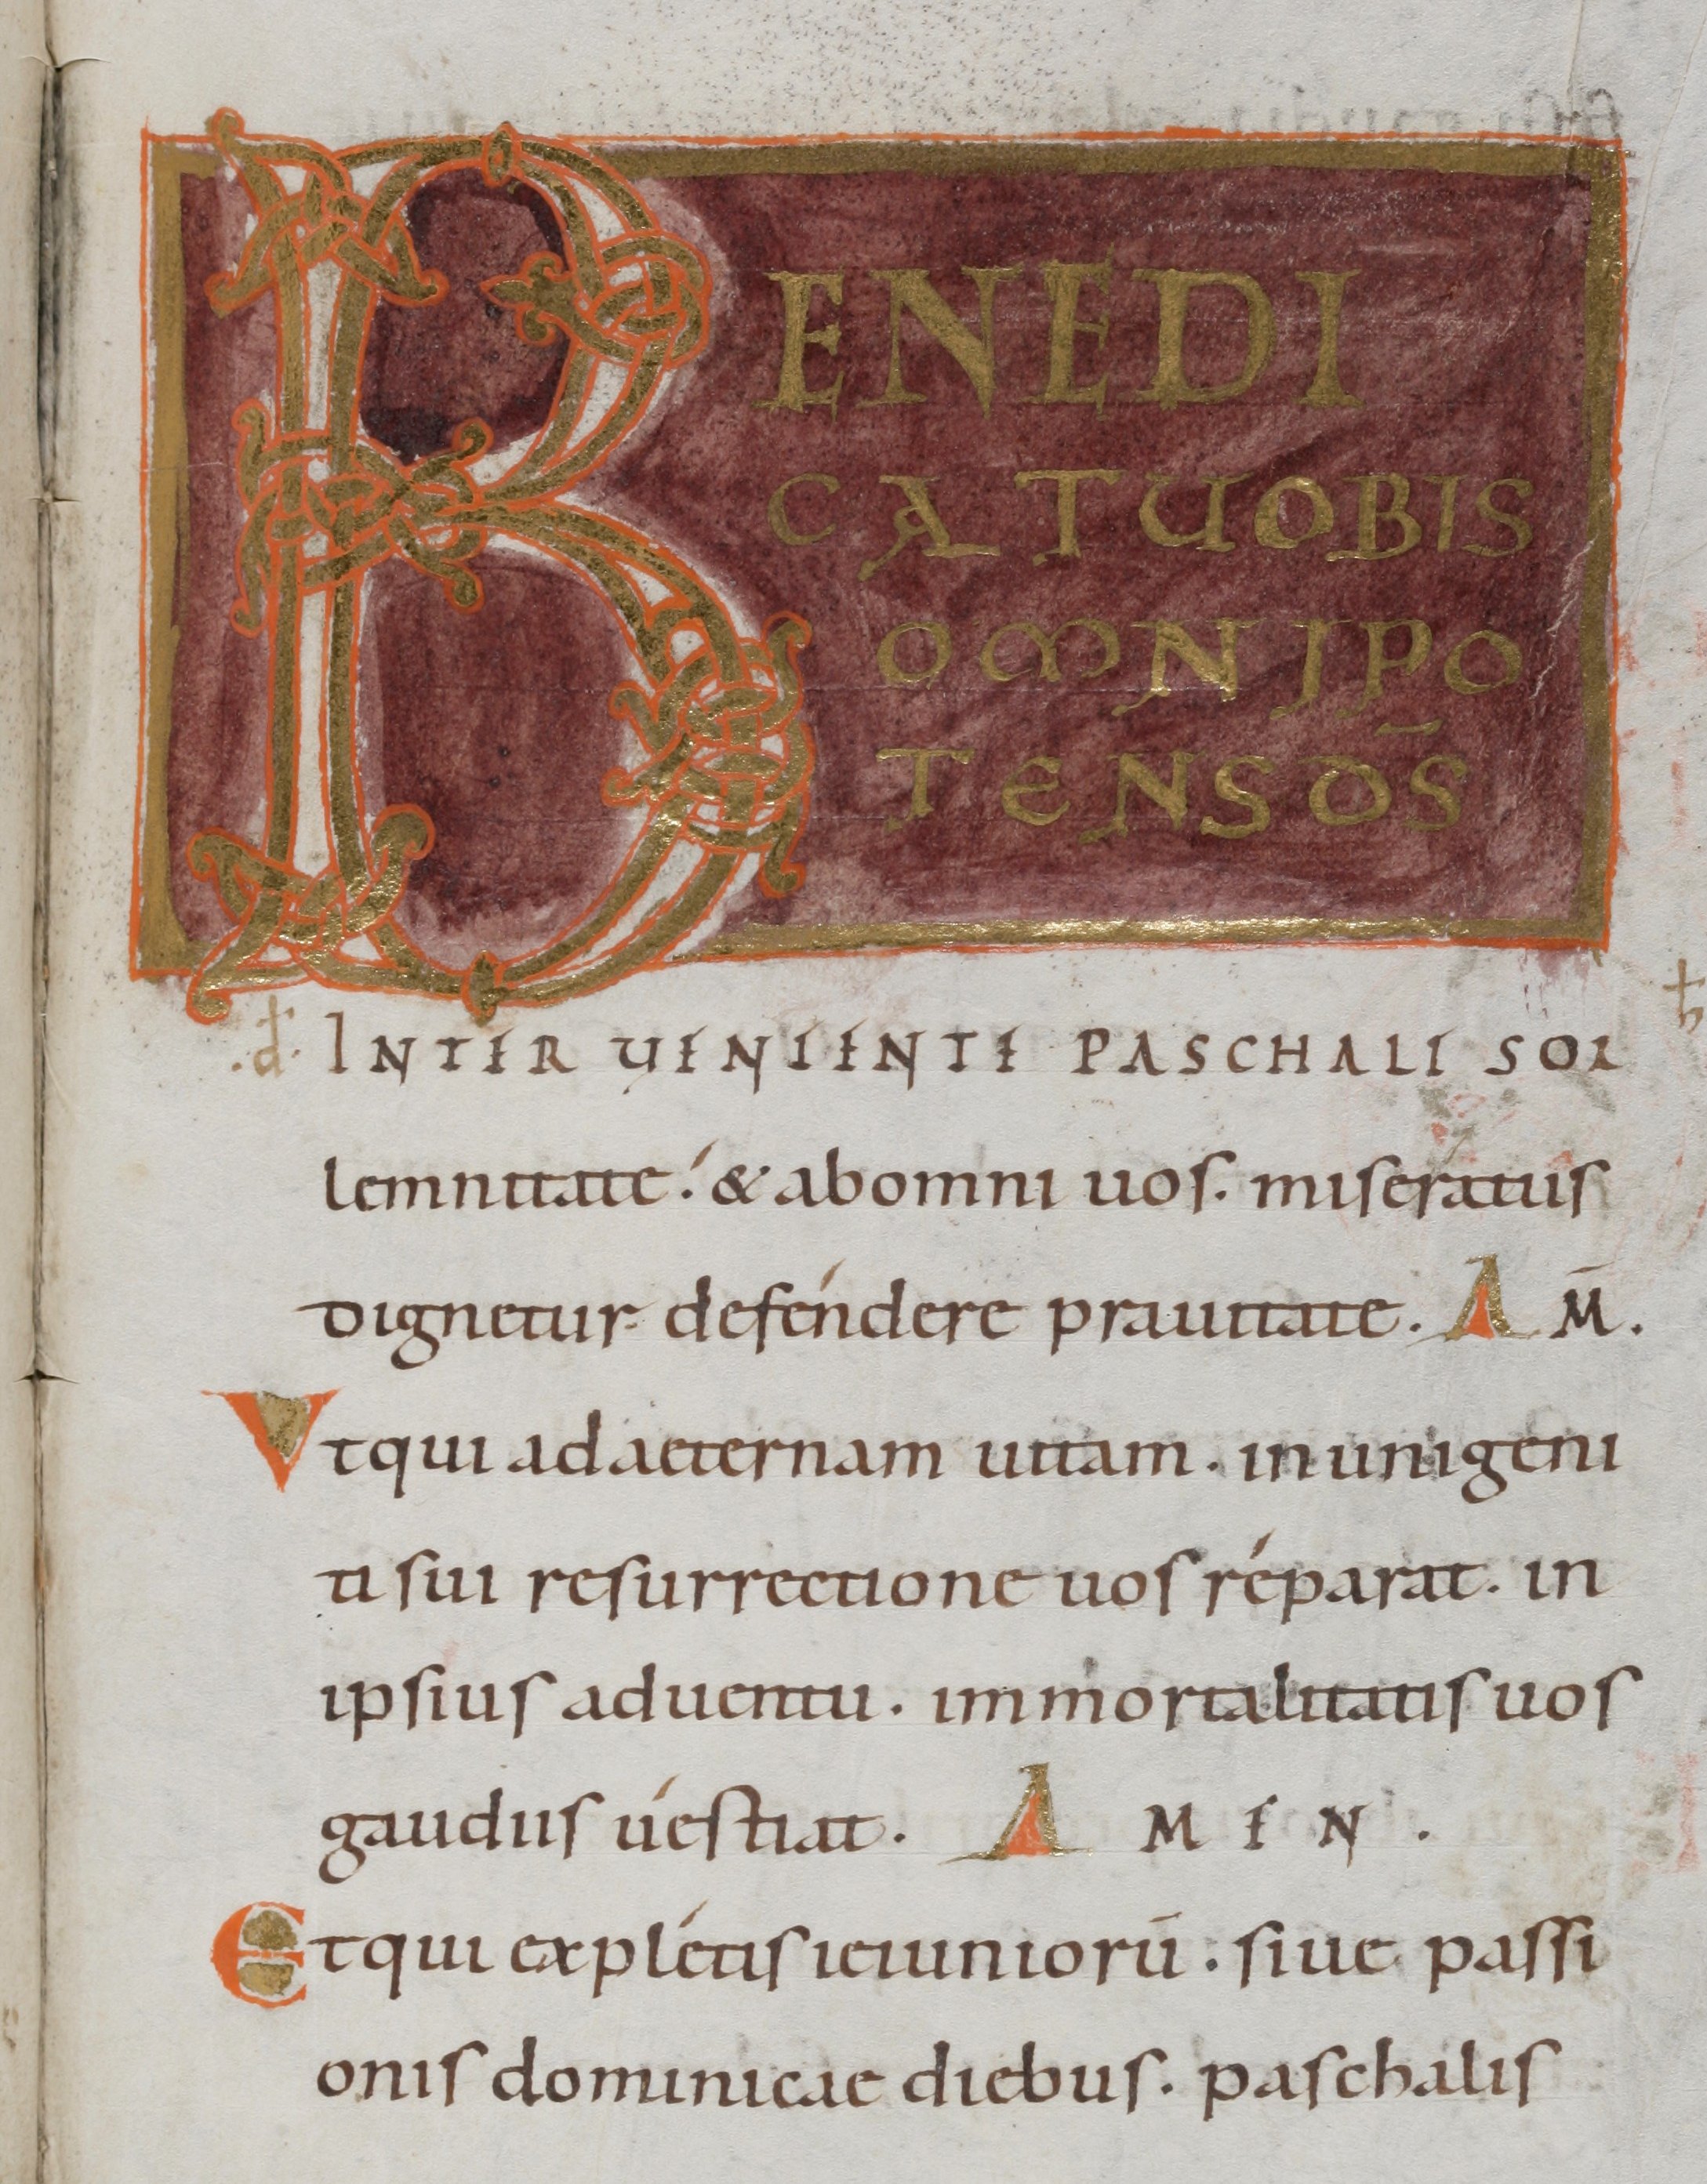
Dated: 1000–1099